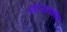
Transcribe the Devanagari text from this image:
पारिजातकोय